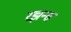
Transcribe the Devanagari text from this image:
रझन्स